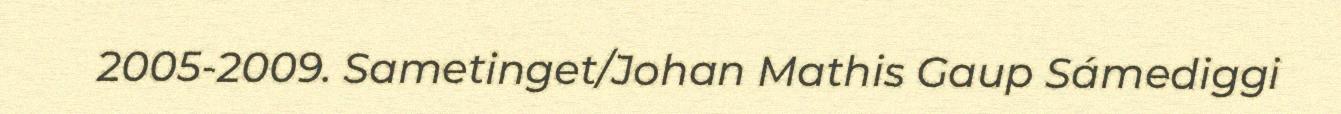
2005-2009. Sametinget/Johan Mathis Gaup Sámediggi